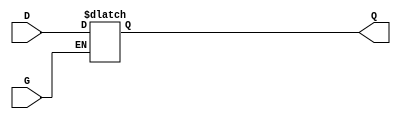
module GatedTransparentLatch (
    input wire D,      // Data input
    input wire G,      // Enable signal
    output reg Q       // Output
);

// Always block to implement the latch behavior
always @(*) begin
    if (G) begin
        // When G is HIGH, output follows the data input
        Q = D;
    end
    // When G is LOW, Q retains its last value (latch behavior)
end

endmodule